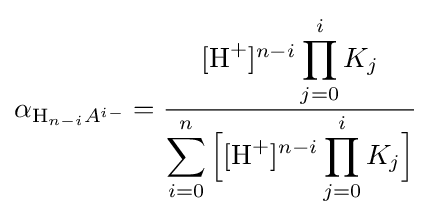
\alpha _{{\ce {H}}_{n-i}A^{i-}}={{[{\ce {H+}}]^{n-i}\displaystyle \prod _{j=0}^{i}K_{j}} \over {\displaystyle \sum _{i=0}^{n}{\Big [}[{\ce {H+}}]^{n-i}\displaystyle \prod _{j=0}^{i}K_{j}}{\Big ]}}